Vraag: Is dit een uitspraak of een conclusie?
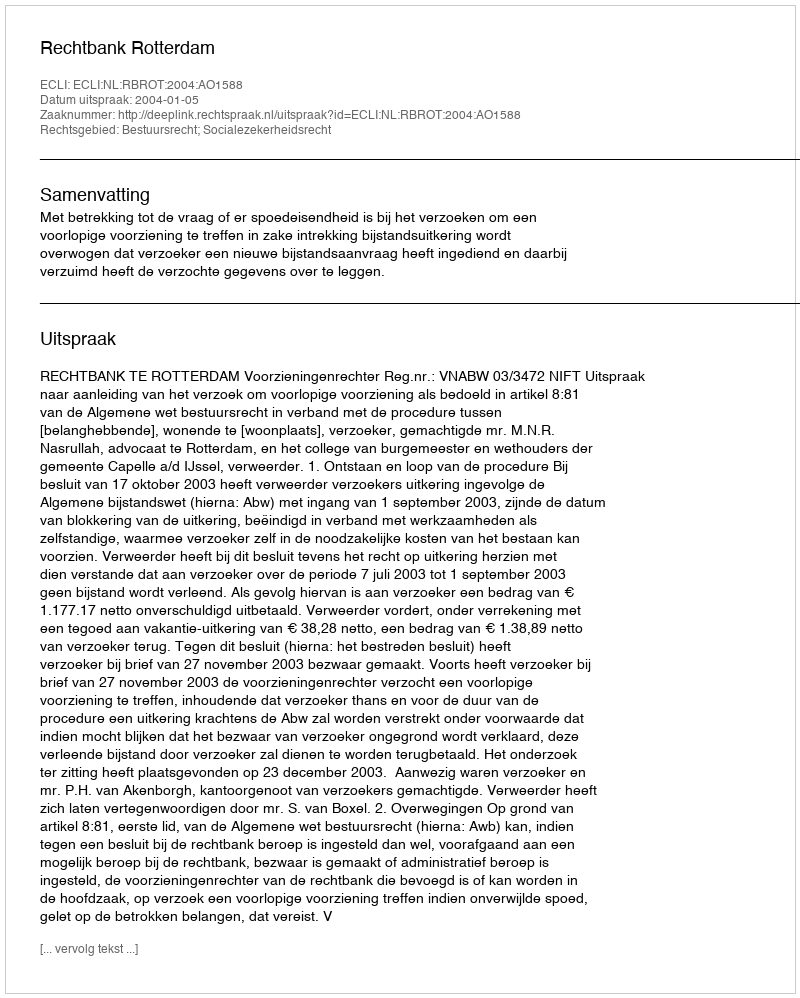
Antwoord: Uitspraak